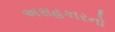
અસહકારનો